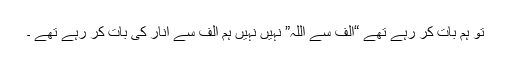
تو ہم بات کر رہے تھے “الف سے اللہ” نہیں نہیں ہم الف سے انار کی بات کر رہے تھے ۔